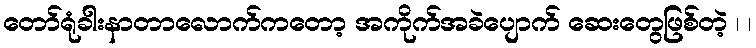
တော်ရုံခါးနာတာလောက်ကတော့ အကိုက်အခဲပျောက် ဆေးတွေဖြစ်တဲ့ ၊ ၊